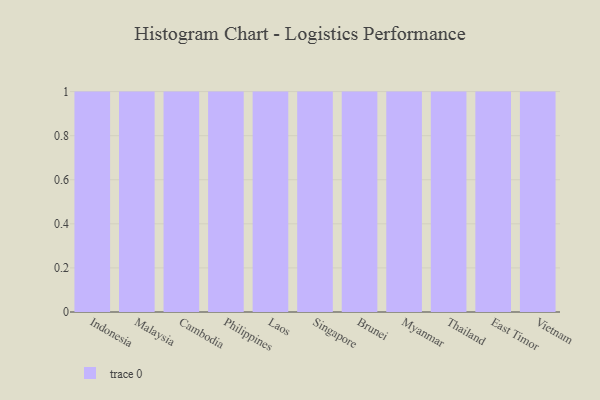
{"axis": {"x": "Country", "y": "Budget (USD K)"}, "legend": [""], "data": [{"x": "Indonesia", "y": 48, "type": ""}, {"x": "Malaysia", "y": 7, "type": ""}, {"x": "Cambodia", "y": 68, "type": ""}, {"x": "Philippines", "y": 21, "type": ""}, {"x": "Laos", "y": 6, "type": ""}, {"x": "Singapore", "y": 82, "type": ""}, {"x": "Brunei", "y": 80, "type": ""}, {"x": "Myanmar", "y": 50, "type": ""}, {"x": "Thailand", "y": 4, "type": ""}, {"x": "East Timor", "y": 67, "type": ""}, {"x": "Vietnam", "y": 53, "type": ""}]}